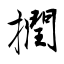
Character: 撋